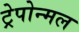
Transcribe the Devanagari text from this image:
ट्रेपोन्मल